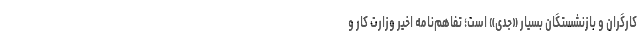
کارگران و بازنشستگان بسیار «جدی» است؛ تفاهم‌نامه اخیر وزارت کار و